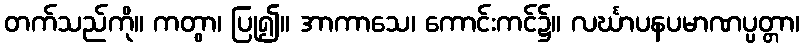
တက်သည်ကို။ ကတွာ၊ ပြု၍။ အာကာသေ၊ ကောင်းကင်၌။ လင်္ဃာပနပမာဏပ္ပတ္တာ၊